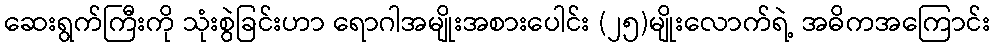
ဆေးရွက်ကြီးကို သုံးစွဲခြင်းဟာ ရောဂါအမျိုးအစားပေါင်း (၂၅)မျိုးလောက်ရဲ့ အဓိကအကြောင်း